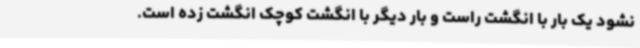
نشود یک بار با انگشت راست و بار دیگر با انگشت کوچک انگشت زده است.